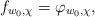
LaTeX: \begin{align*}f_{w_0,\chi}=\varphi_{w_0,\chi},\end{align*}